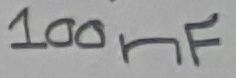
Text: 100nF